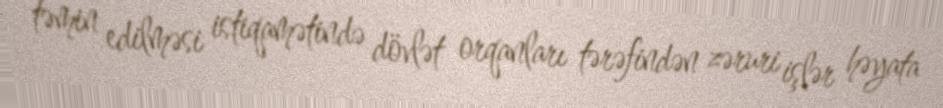
təmin edilməsi istiqamətində dövlət orqanları tərəfindən zəruri işlər həyata